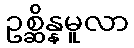
ဥစ္ဆိန္နမူလာ